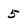
Character: 5